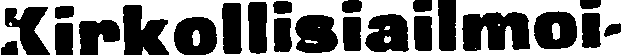
Kirkollisiailmoi-